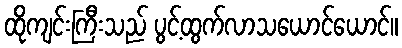
ထိုကျင်းကြီးသည် ပွင့်ထွက်လာသယောင်ယောင်။